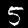
Label: 5